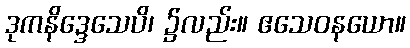
ဒုကနိဒ္ဒေသေပိ၊ ၌လည်း။ ဧသေဝနယော။